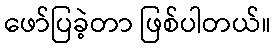
ဖော်ပြခဲ့တာ ဖြစ်ပါတယ်။